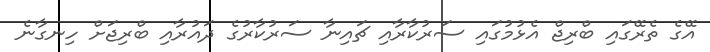
އޭގެ ތެރޭގައި ބްރިޖް އެޅުމުގައި ސަރުކާރާއި ޗައިނާ ސަރުކާރުގެ ދައުރާއި ބްރިޖަށް ހިނގާނެ